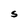
Character: S